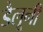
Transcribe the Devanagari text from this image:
डैलूनी